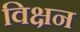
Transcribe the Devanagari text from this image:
विक्षन